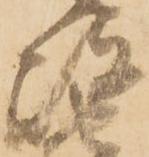
岐